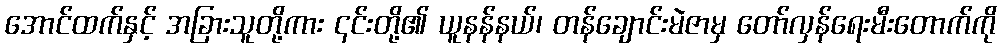
အောင်ထက်နှင့် အခြားသူတို့ကား ၎င်းတို့၏ ယူနန်နယ်၊ တန်ချောင်းမဲဇာမှ တော်လှန်ရေးမီးတောက်ကို